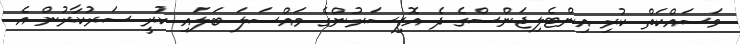
މަސައްކަތް ކުރި އިންޓެލިޖަންސްގެ ދެ އޮފިސަރުންގެ މައްސަލަ ބަލައި ކުރީ ސަރުކާރުން އެ